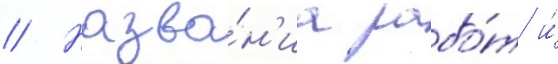
// Назва́н'иа рабо́т и́